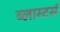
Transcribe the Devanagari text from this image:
ब्लास्टर्स